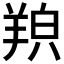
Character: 𦎊